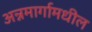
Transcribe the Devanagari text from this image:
अन्नमार्गामधील